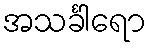
အသင်္ခါရော